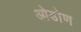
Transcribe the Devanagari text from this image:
ओडोण